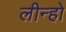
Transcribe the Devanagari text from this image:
लीन्‍हो